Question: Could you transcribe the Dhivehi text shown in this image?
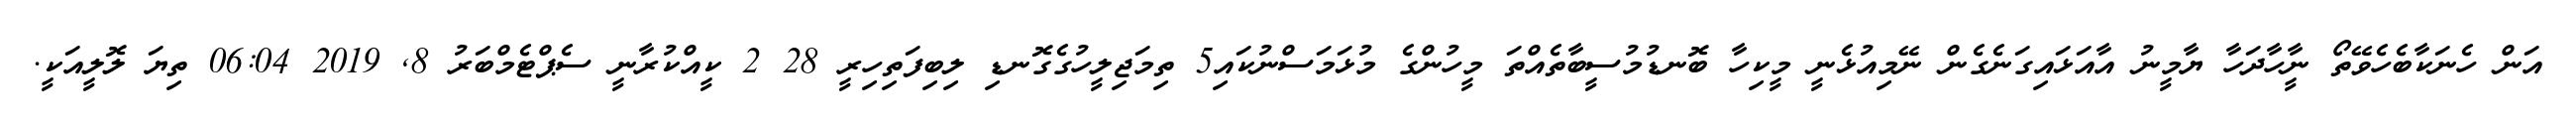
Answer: އަން ހެނަކާބެހެވޭތޯ ނީާހާދަހާ ޔާމީނު އާއަޅައިގަނެގެން ނޭމިއުޅެނީ މީކިހާ ބޮނޑުމުސީބާތެއްތަ މީހުންގެ މުޅަމަސްނުކައި5 ތިމަޖިލީހުގެގޮނޑި ލިބިފަތިހިރީ 28 2 ކީއްކުރާނީ ސެޕްޓެމްބަރު 8, 2019 06:04 ތިޔަ ލޮލީއަކީ.